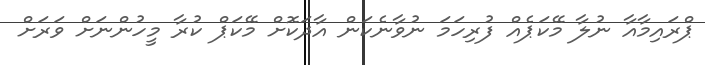
ޕްރައިމާއާ ނުލާ މޭކަޕެއް ފުރިހަމަ ނުވާނެކަން އާދަކޮށް މޭކަޕް ކުރާ މީހުންނަށް ވަރަށް